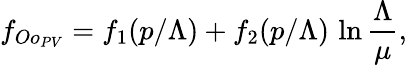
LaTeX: f_{Oo_{PV}}=f_{1}(p/\Lambda)+f_{2}(p/\Lambda)\, \ln\frac{\Lambda}{\mu},